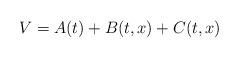
LaTeX: \begin{align*}V = A(t) + B(t,x) + C(t,x)\end{align*}